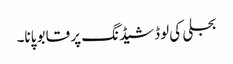
بجلی کی لوڈشیڈنگ پر قابو پانا۔